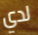
لدي